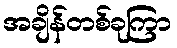
အချိန်တစ်ခုကြာ